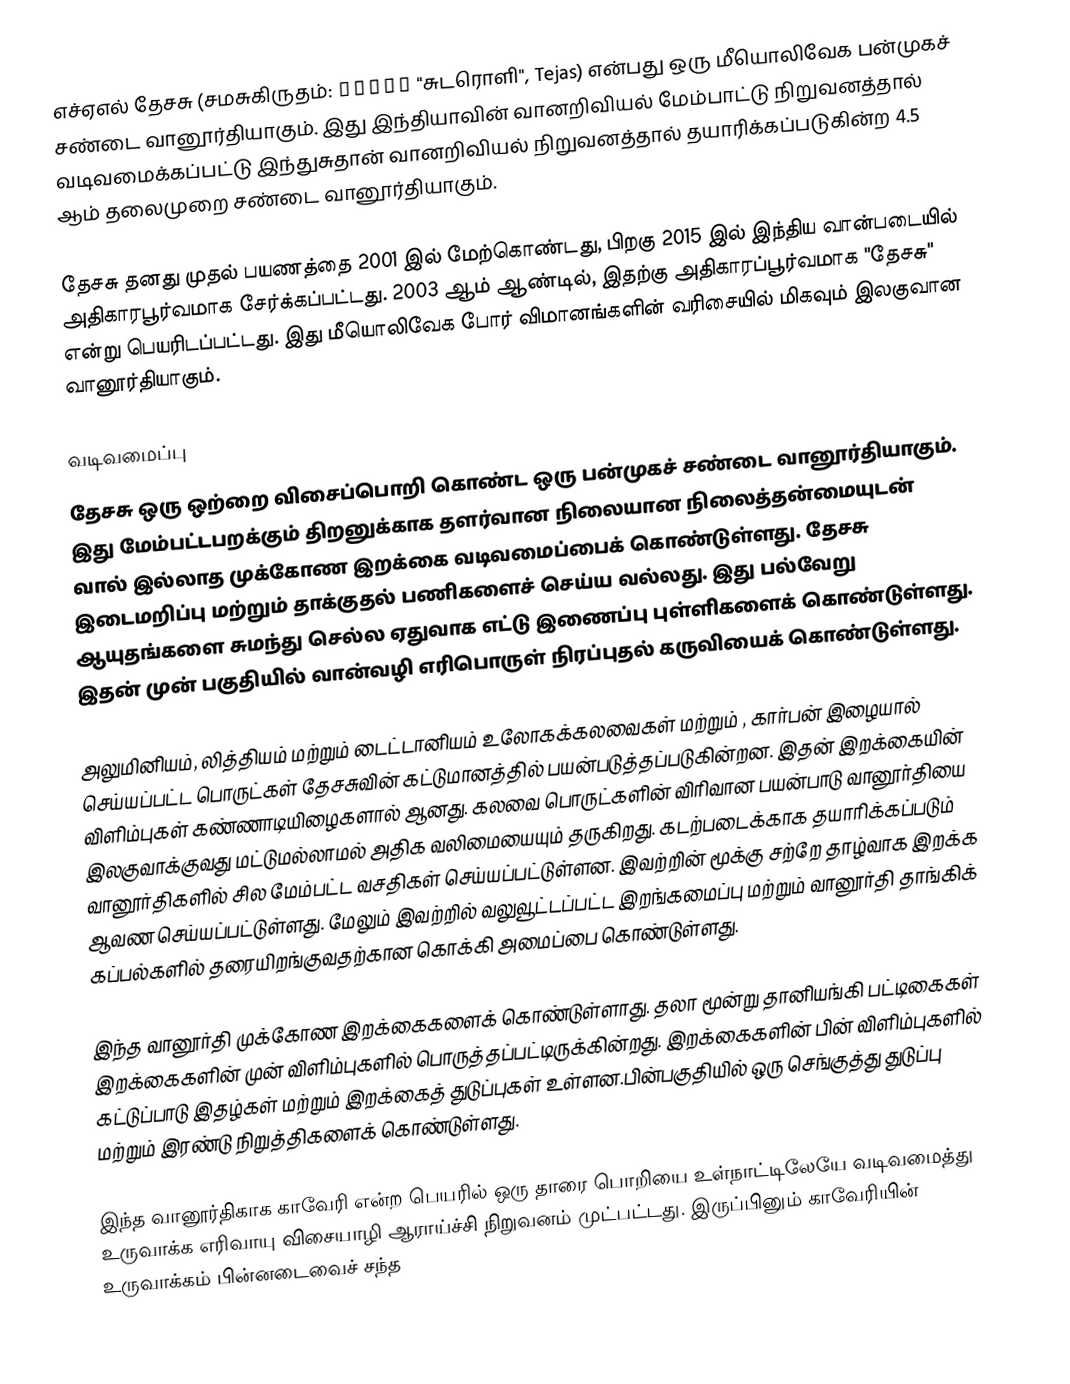
எச்ஏஎல் தேசசு (சமசுகிருதம்: तेजस् "சுடரொளி", Tejas) என்பது ஒரு மீயொலிவேக பன்முகச் சண்டை வானூர்தியாகும். இது இந்தியாவின் வானறிவியல் மேம்பாட்டு நிறுவனத்தால் வடிவமைக்கப்பட்டு இந்துசுதான் வானறிவியல் நிறுவனத்தால் தயாரிக்கப்படுகின்ற 4.5 ஆம் தலைமுறை சண்டை வானூர்தியாகும்.

தேசசு தனது முதல் பயணத்தை 2001 இல் மேற்கொண்டது, பிறகு 2015 இல் இந்திய வான்படையில் அதிகாரபூர்வமாக சேர்க்கப்பட்டது. 2003 ஆம் ஆண்டில், இதற்கு அதிகாரப்பூர்வமாக "தேசசு" என்று பெயரிடப்பட்டது. இது மீயொலிவேக போர் விமானங்களின் வரிசையில் மிகவும் இலகுவான வானூர்தியாகும்.

வடிவமைப்பு
தேசசு ஒரு ஒற்றை விசைப்பொறி கொண்ட ஒரு பன்முகச் சண்டை வானூர்தியாகும். இது மேம்பட்டபறக்கும் திறனுக்காக தளர்வான நிலையான நிலைத்தன்மையுடன் வால் இல்லாத முக்கோண இறக்கை வடிவமைப்பைக் கொண்டுள்ளது. தேசசு இடைமறிப்பு  மற்றும் தாக்குதல் பணிகளைச் செய்ய வல்லது. இது பல்வேறு ஆயுதங்களை சுமந்து செல்ல ஏதுவாக எட்டு இணைப்பு புள்ளிகளைக் கொண்டுள்ளது. இதன் முன் பகுதியில் வான்வழி எரிபொருள் நிரப்புதல் கருவியைக் கொண்டுள்ளது.

அலுமினியம், லித்தியம் மற்றும் டைட்டானியம் உலோகக்கலவைகள் மற்றும் , கார்பன் இழையால் செய்யப்பட்ட பொருட்கள் தேசசுவின் கட்டுமானத்தில் பயன்படுத்தப்படுகின்றன. இதன் இறக்கையின் விளிம்புகள் கண்ணாடியிழைகளால் ஆனது. கலவை பொருட்களின் விரிவான பயன்பாடு வானூர்தியை இலகுவாக்குவது மட்டுமல்லாமல் அதிக வலிமையையும் தருகிறது. கடற்படைக்காக தயாரிக்கப்படும் வானூர்திகளில் சில மேம்பட்ட வசதிகள் செய்யப்பட்டுள்ளன. இவற்றின் மூக்கு சற்றே தாழ்வாக இறக்க ஆவண செய்யப்பட்டுள்ளது. மேலும் இவற்றில் வலுவூட்டப்பட்ட இறங்கமைப்பு மற்றும் வானூர்தி தாங்கிக் கப்பல்களில் தரையிறங்குவதற்கான கொக்கி அமைப்பை கொண்டுள்ளது.

இந்த வானூர்தி முக்கோண இறக்கைகளைக் கொண்டுள்ளாது. தலா மூன்று தானியங்கி பட்டிகைகள் இறக்கைகளின் முன் விளிம்புகளில் பொருத்தப்பட்டிருக்கின்றது. இறக்கைகளின் பின் விளிம்புகளில் கட்டுப்பாடு இதழ்கள் மற்றும் இறக்கைத் துடுப்புகள் உள்ளன.பின்பகுதியில் ஒரு செங்குத்து துடுப்பு மற்றும் இரண்டு நிறுத்திகளைக்  கொண்டுள்ளது.

இந்த வானூர்திகாக காவேரி என்ற பெயரில் ஒரு தாரை பொறியை உள்நாட்டிலேயே வடிவமைத்து உருவாக்க எரிவாயு விசையாழி ஆராய்ச்சி நிறுவனம் முட்பட்டது. இருப்பினும் காவேரியின் உருவாக்கம் பின்னடைவைச் சந்த